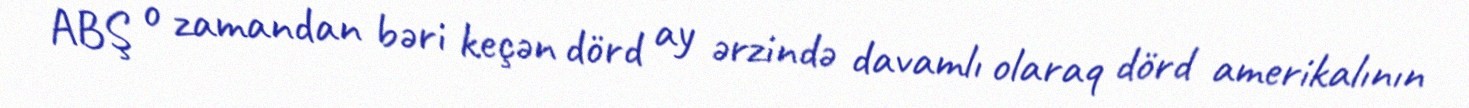
ABŞ o zamandan bəri keçən dörd ay ərzində davamlı olaraq dörd amerikalının